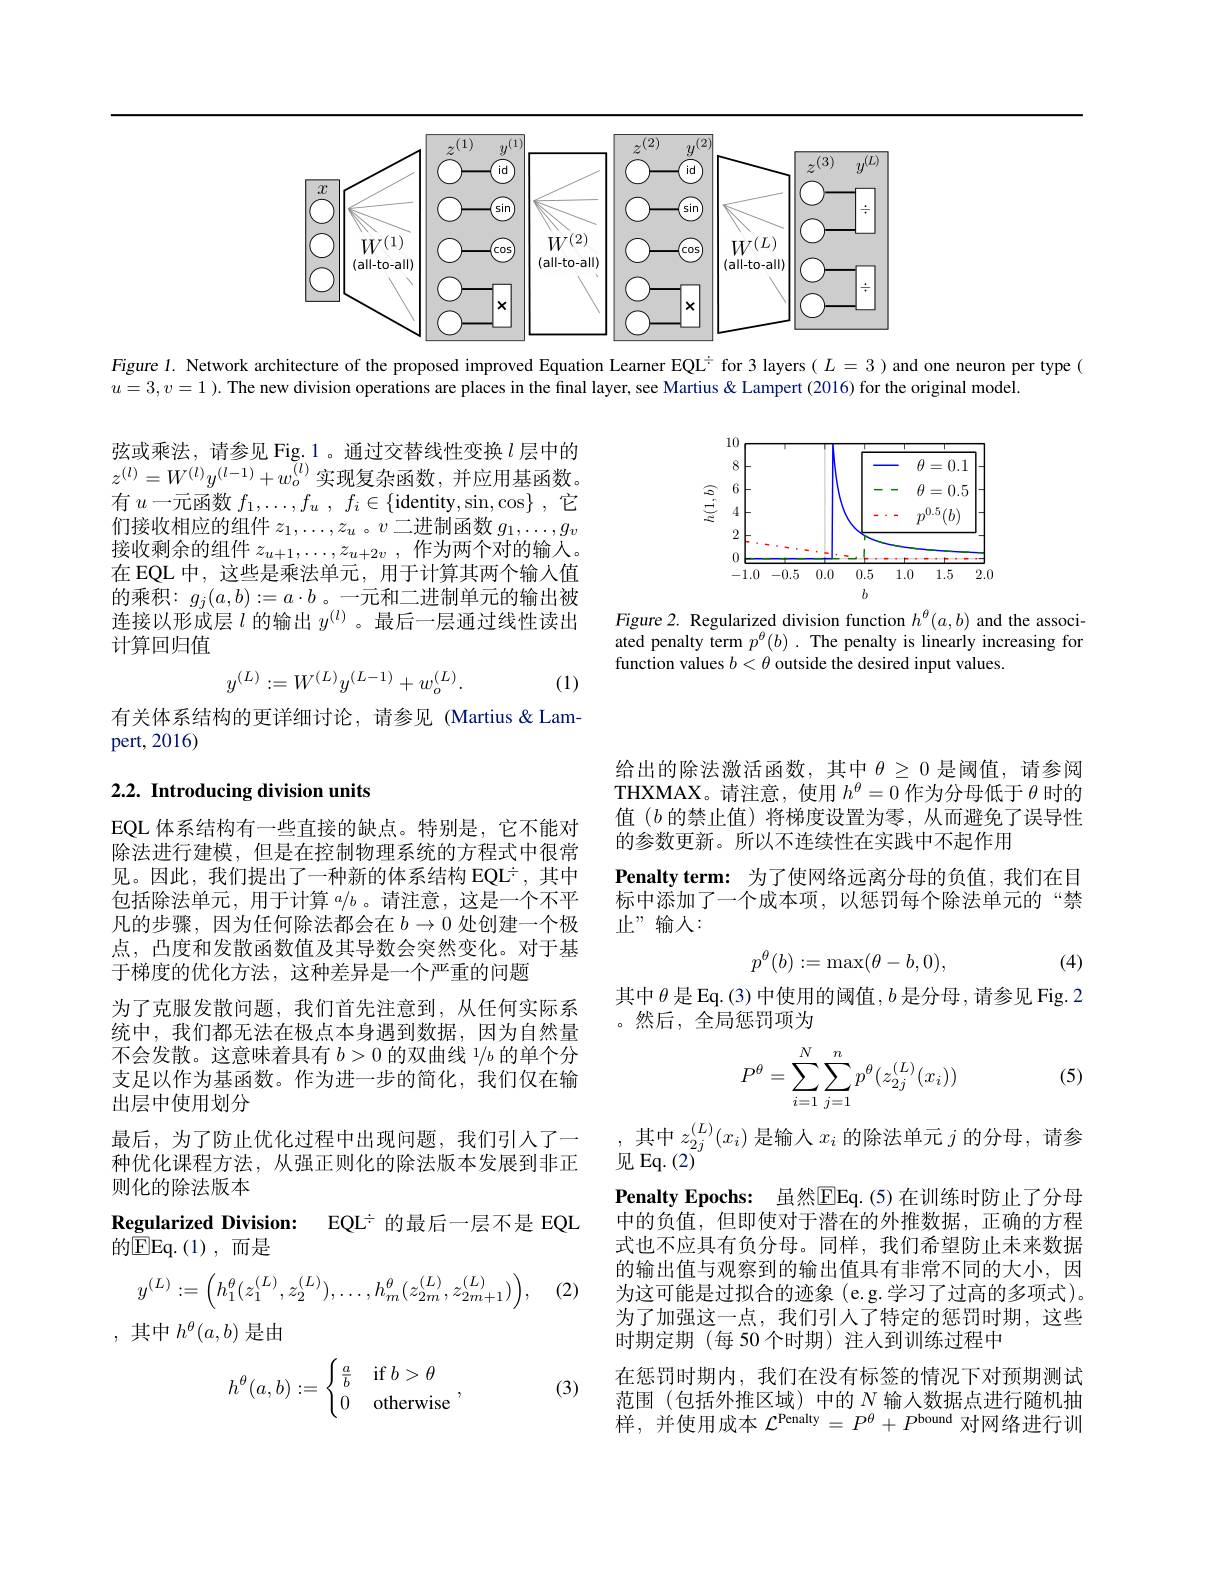
<FigureHere>

Figure $l$. Network architecture of the proposed improved Equation Learner EQL$^{\div}$ for 3 layers( $L=3$ )and one neuron per type(
$u=3,v=1$ ). The new division operations are places in the final layer, see Martius & Lampert (2016) for the original model.

<FigureHere>

弦或乘法，请参见 Fig.1。通过交替线性变换$l$层中的$z^{(l)}=W^{(l)}y^{(l-1)}+w_{o}^{(l)}$实现复杂函数，并应用基函数。有$u$一元函数$f_1,\ldots,f_u$ $,f_i\in\{$identity,sin,cos$\}$,它们接收相应的组件$z_1,\ldots,z_u$ 。$v_\text{二进制函数 }g_1,\ldots,g_v$ 接收剩余的组件$z_u+1,\ldots,z_{u+2v}$,作为两个对的输入。在 EQL 中，这些是乘法单元，用于计算其两个输人值的乘积：$g_j(a,b):=a\cdot b$ 。一元和二进制单元的输出被连接以形成层$l$ 的输出 $y^{(l)}$。最后一层通过线性读出计算回归值

Figure 2. Regularized division function $h^\theta(a,b)$ and the associated penalty term $p^\theta ( b)$ . The penalty is linearly increasing for function values $b<\theta$ outside the desired input values.
$$y^{(L)}:=W^{(L)}y^{(L-1)}+w_{o}^{(L)}.$$
(1)

有关体系结构的更详细讨论，请参见(Martius&Lam-
pert, 2016)

## 2.2. Introducing division units

给出的除法激活函数，其中$\theta\geq0$是阈值，请参阅THXMAX。请注意，使用$h^\theta=0$作为分母低于$\theta$时的值$(b$的禁止值)将梯度设置为零，从而避免了误导性的参数更新。所以不连续性在实践中不起作用
Penalty term: 为了使网络远离分母的负值，我们在目标中添加了一个成本项，以惩罚每个除法单元的“禁止”输人：
$$p^\theta(b):=\max(\theta-b,0),$$
(4)

其中$\theta$是 Eq. (3) 中使用的阈值，$b$是分母 , 请参见 Fig. 2
。然后，全局惩罚项为

EQL 体系结构有一些直接的缺点。特别是，它不能对除法进行建模，但是在控制物理系统的方程式中很常见。因此，我们提出了一种新的体系结构 EQL$^{-}$,其中包括除法单元，用于计算$a/b$ 。请注意，这是一个不平凡的步骤，因为任何除法都会在$b\to0$处创建一个极点，凸度和发散函数值及其导数会突然变化。对于基于梯度的优化方法，这种差异是一个严重的问题
为了克服发散问题，我们首先注意到，从任何实际系统中，我们都无法在极点本身遇到数据，因为自然量不会发散。这意味着具有$b> 0\text{ 的 双 曲 线 }^1/ b$ 的 单 个 分 支足以作为基函数。作为进一步的简化，我们仅在输出层中使用划分
最后，为了防止优化过程中出现问题，我们引入了一种优化课程方法，从强正则化的除法版本发展到非正则化的除法版本
Regularized Division: EQL$^{\div}$的最后一层不是 EQL
的EEq. ( 1) , 而是
(2)
$$y^{(L)}:=\Big(h_{1}^{\theta}(z_{1}^{(L)},z_{2}^{(L)}),\ldots,h_{m}^{\theta}(z_{2m}^{(L)},z_{2m+1}^{(L)})\Big),$$
,其中$h^\theta(a,b)$是由

(5)
$$P^\theta=\sum_{i=1}^N\sum_{j=1}^np^\theta(z_{2j}^{(L)}(x_i))$$
$\begin{array}{l},\text{其中 }z_{2j}^{(L)}(x_{i})\text{ 是输入 }x_{i}\text{ 的除法单元 }j\text{ 的分母，请参}\\\text{见 Eq. }(2)\end{array}$ $\textbf{Penalty Epochs: 虽 然 }\overline {\mathrm{E} }$Eq.(5)在训练时防止了分母中的负值，但即使对于潜在的外推数据，正确的方程式也不应具有负分母。同样，我们希望防止未来数据的输出值与观察到的输出值具有非常不同的大小，因为这可能是过拟合的迹象(e.g.学习了过高的多项式)。为了加强这一点，我们引人了特定的惩罚时期，这些时期定期 (每 50 个时期) 注人到训练过程中
在惩罚时期内，我们在没有标签的情况下对预期测试范围 (包括外推区域) 中的$N$输人数据点进行随机抽样，并使用成本$\mathcal{L}^\text{Penalty}=P^\theta+P^\text{bound 对网络进行训}$
$$h^\theta(a,b):=\begin{cases}\frac{a}{b}&\text{if}\:b>\theta\\0&\text{otherwise}\end{cases},$$
(3)